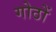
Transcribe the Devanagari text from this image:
गोठों